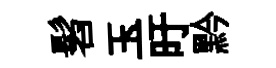
髫玉旴黔